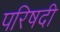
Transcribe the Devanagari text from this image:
परिषदी